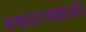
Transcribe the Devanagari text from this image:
स्वयत्तशासी